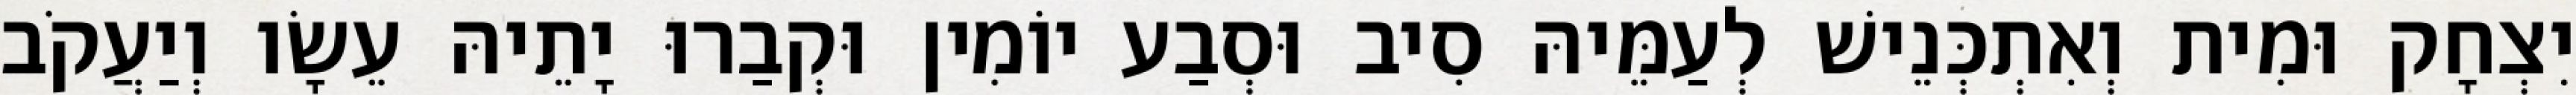
יִצְחָק וּמִית וְאִתְכְּנֵישׁ לְעַמֵּיהּ סִיב וּסְבַע יוֹמִין וּקְבַרוּ יָתֵיהּ עֵשָׂו וְיַעֲקֹב